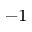
^ { - 1 }